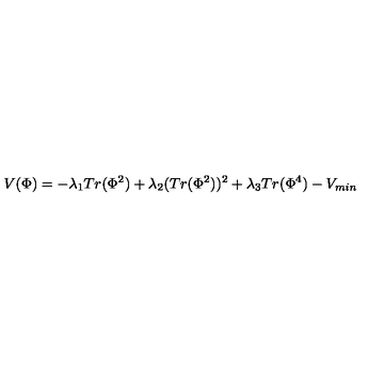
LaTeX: V ( \Phi ) = - \lambda _ { 1 } T r ( \Phi ^ { 2 } ) + \lambda _ { 2 } ( T r ( \Phi ^ { 2 } ) ) ^ { 2 } + \lambda _ { 3 } T r ( \Phi ^ { 4 } ) - V _ { m i n }